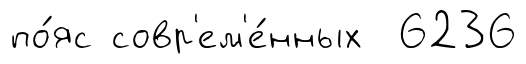
по́яс совр'ем'е́нных 6236